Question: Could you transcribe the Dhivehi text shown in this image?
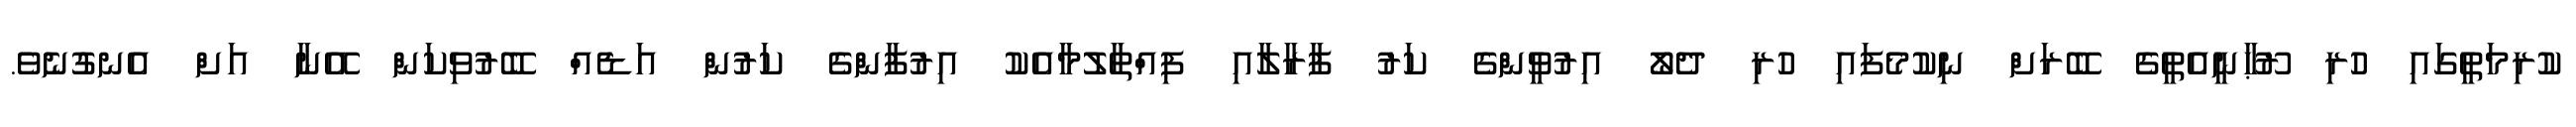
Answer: ކުރިމަތީގައި ހުރި ރޫޙާނީއެތީގެ ބޭރަށް ނިކުމެފައި ހުރި ދެލޯ އިރުވީންގެ ކަރު ފާރާލާއި ފިއްތާލުމާއެކު އިރުފާންގެ ކަރުން އަޑެއް ބޭރުވިކަން އޭނާ އަށް އެނގުނެވެ.